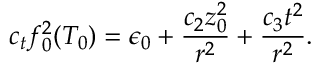
c _ { t } f _ { 0 } ^ { 2 } ( T _ { 0 } ) = \epsilon _ { 0 } + \frac { c _ { 2 } z _ { 0 } ^ { 2 } } { r ^ { 2 } } + \frac { c _ { 3 } t ^ { 2 } } { r ^ { 2 } } .